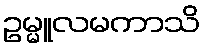
ဥမ္မူလမကာသိ